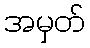
အမှတ်